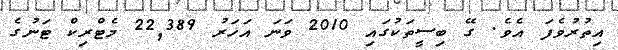
އިތުރުވެފަ އެވެ. ގޭ ބިސީތަކުގައި 2010 ވަނަ އަހަރު 22